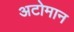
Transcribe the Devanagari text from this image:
अटोमान